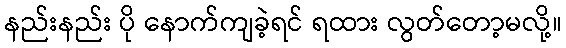
နည်းနည်း ပို နောက်ကျခဲ့ရင် ရထား လွတ်တော့မလို့။